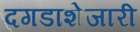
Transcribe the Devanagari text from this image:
दगडाशेजारी